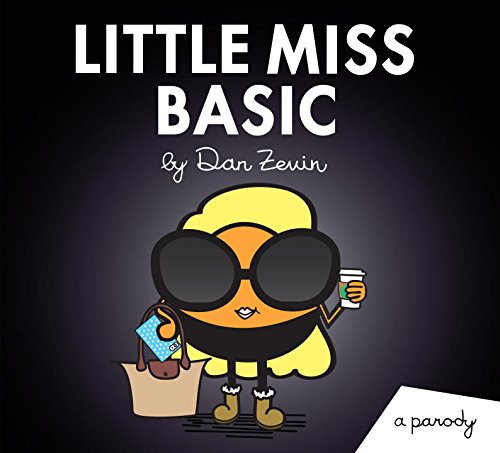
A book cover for Little Miss Basic: A Parody (Little Miss and Mr. ME ME ME); Dan Zevin; Humor & Entertainment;